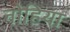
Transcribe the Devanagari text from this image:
नोहिया